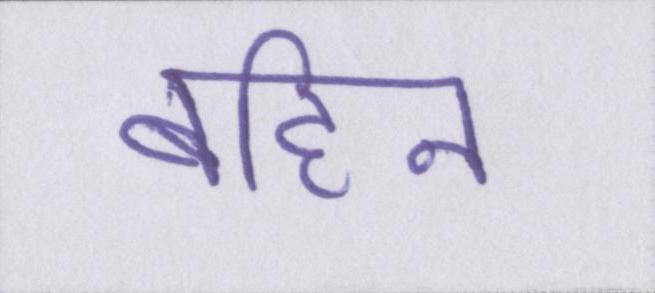
बहिन